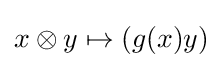
x\otimes y\mapsto (g(x)y)